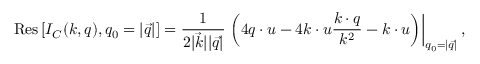
\mathrm { R e s } \left[ I _ { C } ( k , q ) , q _ { 0 } = | \vec { q } | \right] = \frac { 1 } { 2 | \vec { k } | | \vec { q } | } \left. \left( 4 q \cdot u - 4 k \cdot u \frac { k \cdot q } { k ^ { 2 } } - k \cdot u \right) \right| _ { q _ { 0 } = | \vec { q } | } ,